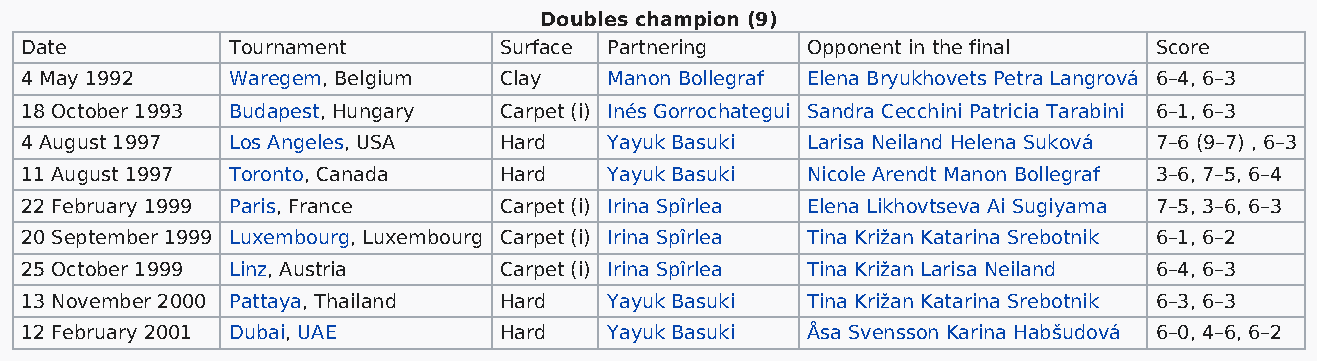
Doubles champion (9)
 Date          Tournament        Surface Partnering  Opponent in the final  Score
 4 May 1992    Waregem, Belgium  Clay   Manon Bollegraf Elena Bryukhovets Petra Langrová 6–4, 6–3
 18 October 1993 Budapest, Hungary Carpet (i) Inés Gorrochategui Sandra Cecchini Patricia Tarabini 6–1, 6–3
 4 August 1997 Los Angeles, USA  Hard   Yayuk Basuki Larisa Neiland Helena Suková 7–6 (9–7) , 6–3
 11 August 1997 Toronto, Canada  Hard   Yayuk Basuki Nicole Arendt Manon Bollegraf 3–6, 7–5, 6–4
 22 February 1999 Paris, France  Carpet (i) Irina Spîrlea Elena Likhovtseva Ai Sugiyama 7–5, 3–6, 6–3
 20 September 1999 Luxembourg, Luxembourg Carpet (i) Irina Spîrlea Tina Križan Katarina Srebotnik 6–1, 6–2
 25 October 1999 Linz, Austria   Carpet (i) Irina Spîrlea Tina Križan Larisa Neiland 6–4, 6–3
 13 November 2000 Pattaya, Thailand Hard Yayuk Basuki Tina Križan Katarina Srebotnik 6–3, 6–3
 12 February 2001 Dubai, UAE     Hard   Yayuk Basuki Åsa Svensson Karina Habšudová 6–0, 4–6, 6–2